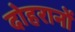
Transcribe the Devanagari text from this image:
दोहरानों